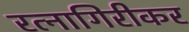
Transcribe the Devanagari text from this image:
रत्‍नागिरीकर